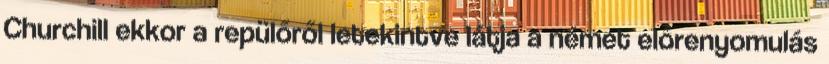
Churchill ekkor a repülőről letekintve látja a német előrenyomulás